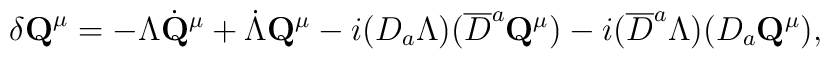
\delta {\bf Q}^{\mu} = -\Lambda\dot {\bf Q}^{\mu} + \dot\Lambda{\bf Q}^{\mu} -i(D_a\Lambda) (\overline{D}^a{\bf Q}^{\mu})-i(\overline{D}^a\Lambda)( D_a{\bf Q}^{\mu}),